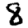
Digit: 8